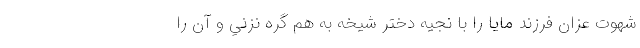
شهوت عزّان فرزند مايا را با نجيه دختر شيخه به هم گره نزني و آن را